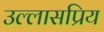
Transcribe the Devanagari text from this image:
उल्लासप्रिय